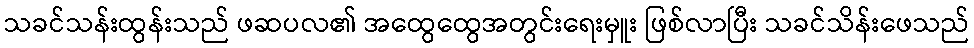
သခင်သန်းထွန်းသည် ဖဆပလ၏ အထွေထွေအတွင်းရေးမှူး ဖြစ်လာပြီး သခင်သိန်းဖေသည်